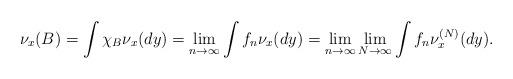
LaTeX: \begin{align*} \nu_x(B) = \int \chi_B \nu_x(dy) = \lim_{n\rightarrow \infty} \int f_n \nu_x(dy) = \lim_{n\rightarrow \infty} \lim _{N\rightarrow \infty} \int f_n \nu_x^{(N)}(dy). \end{align*}